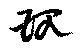
現